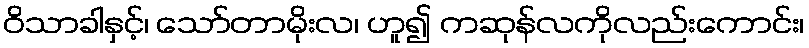
ဝိသာခါနှင့်၊ သော်တာမိုးလ၊ ဟူ၍ ကဆုန်လကိုလည်းကောင်း၊